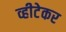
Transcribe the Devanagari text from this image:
व्हीटेकर